Report of the Imperial Institute of Veterinary Research, Muktesar
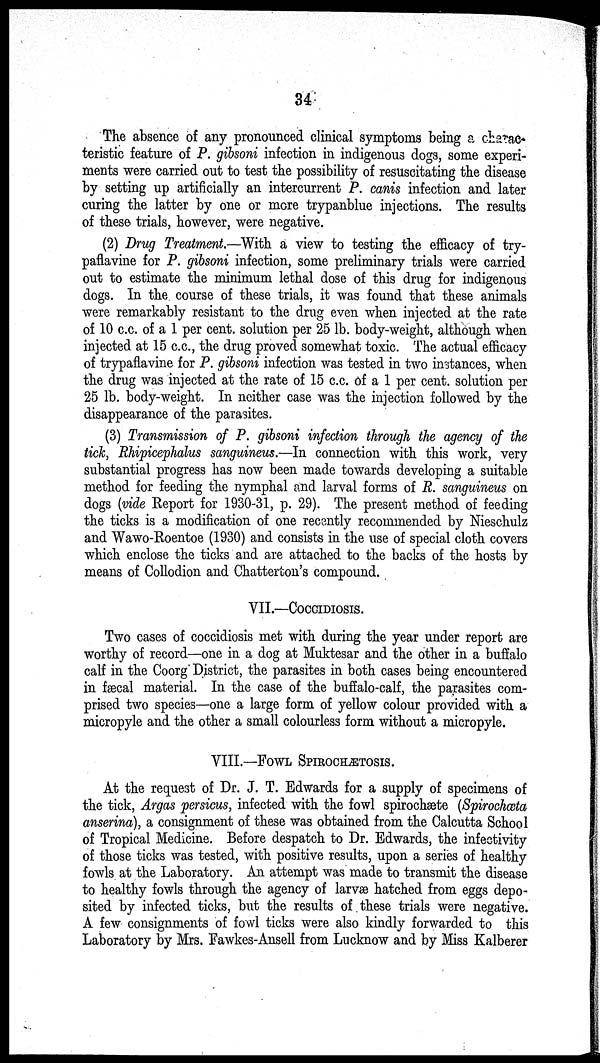
34
The absence of any pronounced clinical symptoms being a charac¬
teristic feature of P. gibsoni infection in indigenous dogs, some experi-
ments were carried out to test the possibility of resuscitating the disease
by setting up artificially an intercurrent P. canis infection and later
curing the latter by one or more trypanblue injections. The results
of these trials, however, were negative.
(2) Drug Treatment.—With a view to testing the efficacy of try-
paflavine for P. gibsoni infection, some preliminary trials were carried
out to estimate the minimum lethal dose of this drug for indigenous
dogs. In the course of these trials, it was found that these animals
were remarkably resistant to the drug even when injected at the rate
of 10 c.c. of a 1 per cent. solution per 25 lb. body-weight, although when
injected at 15 c.c., the drug proved somewhat toxic. The actual efficacy
of trypaflavine for P. gibsoni infection was tested in two instances, when
the drug was injected at the rate of 15 c.c. of a 1 per cent. solution per
25 lb. body-weight. In neither case was the injection followed by the
disappearance of the parasites.
(3) Transmission of P. gibsoni infection through the agency of the
tick, Rhipicephalus sanguineus.—In connection with this work, very
substantial progress has now been made towards developing a suitable
method for feeding the nymphal and larval forms of R. sanguineus on
dogs (vide Report for 1930-31, p. 29). The present method of feeding
the ticks is a modification of one recently recommended by Nieschulz
and Wawo-Roentoe (1930) and consists in the use of special cloth covers
which enclose the ticks and are attached to the backs of the hosts by
means of Collodion and Chatterton's compound.
VII.—COCCIDIOSIS.
Two cases of coccidiosis met with during the year under report are
worthy of record—one in a dog at Muktesar and the other in a buffalo
calf in the Coorg District, the parasites in both cases being encountered
in fæcal material. In the case of the buffalo-calf, the parasites com-
prised two species—one a large form of yellow colour provided with a
micropyle and the other a small colourless form without a micropyle.
VIII.—FOWL SPIROCHÆTOSIS.
At the request of Dr. J. T. Edwards for a supply of specimens of
the tick, Argas persicus, infected with the fowl spirochæte (Spirochæta
anserina), a consignment of these was obtained from the Calcutta School
of Tropical Medicine. Before despatch to Dr. Edwards, the infectivity
of those ticks was tested, with positive results, upon a series of healthy
fowls at the Laboratory. An attempt was made to transmit the disease
to healthy fowls through the agency of larvæ hatched from eggs depo-
sited by infected ticks, but the results of these trials were negative.
A few consignments of fowl ticks were also kindly forwarded to this
Laboratory by Mrs. Fawkes-Ansell from Lucknow and by Miss Kalberer